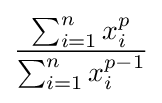
{\frac {\sum _{i=1}^{n}x_{i}^{p}}{\sum _{i=1}^{n}x_{i}^{p-1}}}